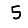
Digit: 5